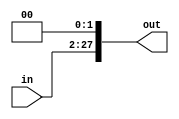
module Shift26to28 (
    input  [25:0] in,
    output [27:0] out
);
  assign out = {in, 2'b00};
endmodule